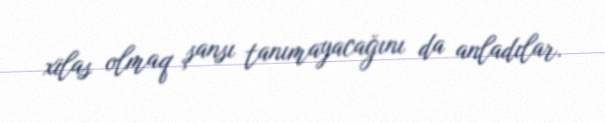
xilas olmaq şansı tanımayacağını da anladılar.